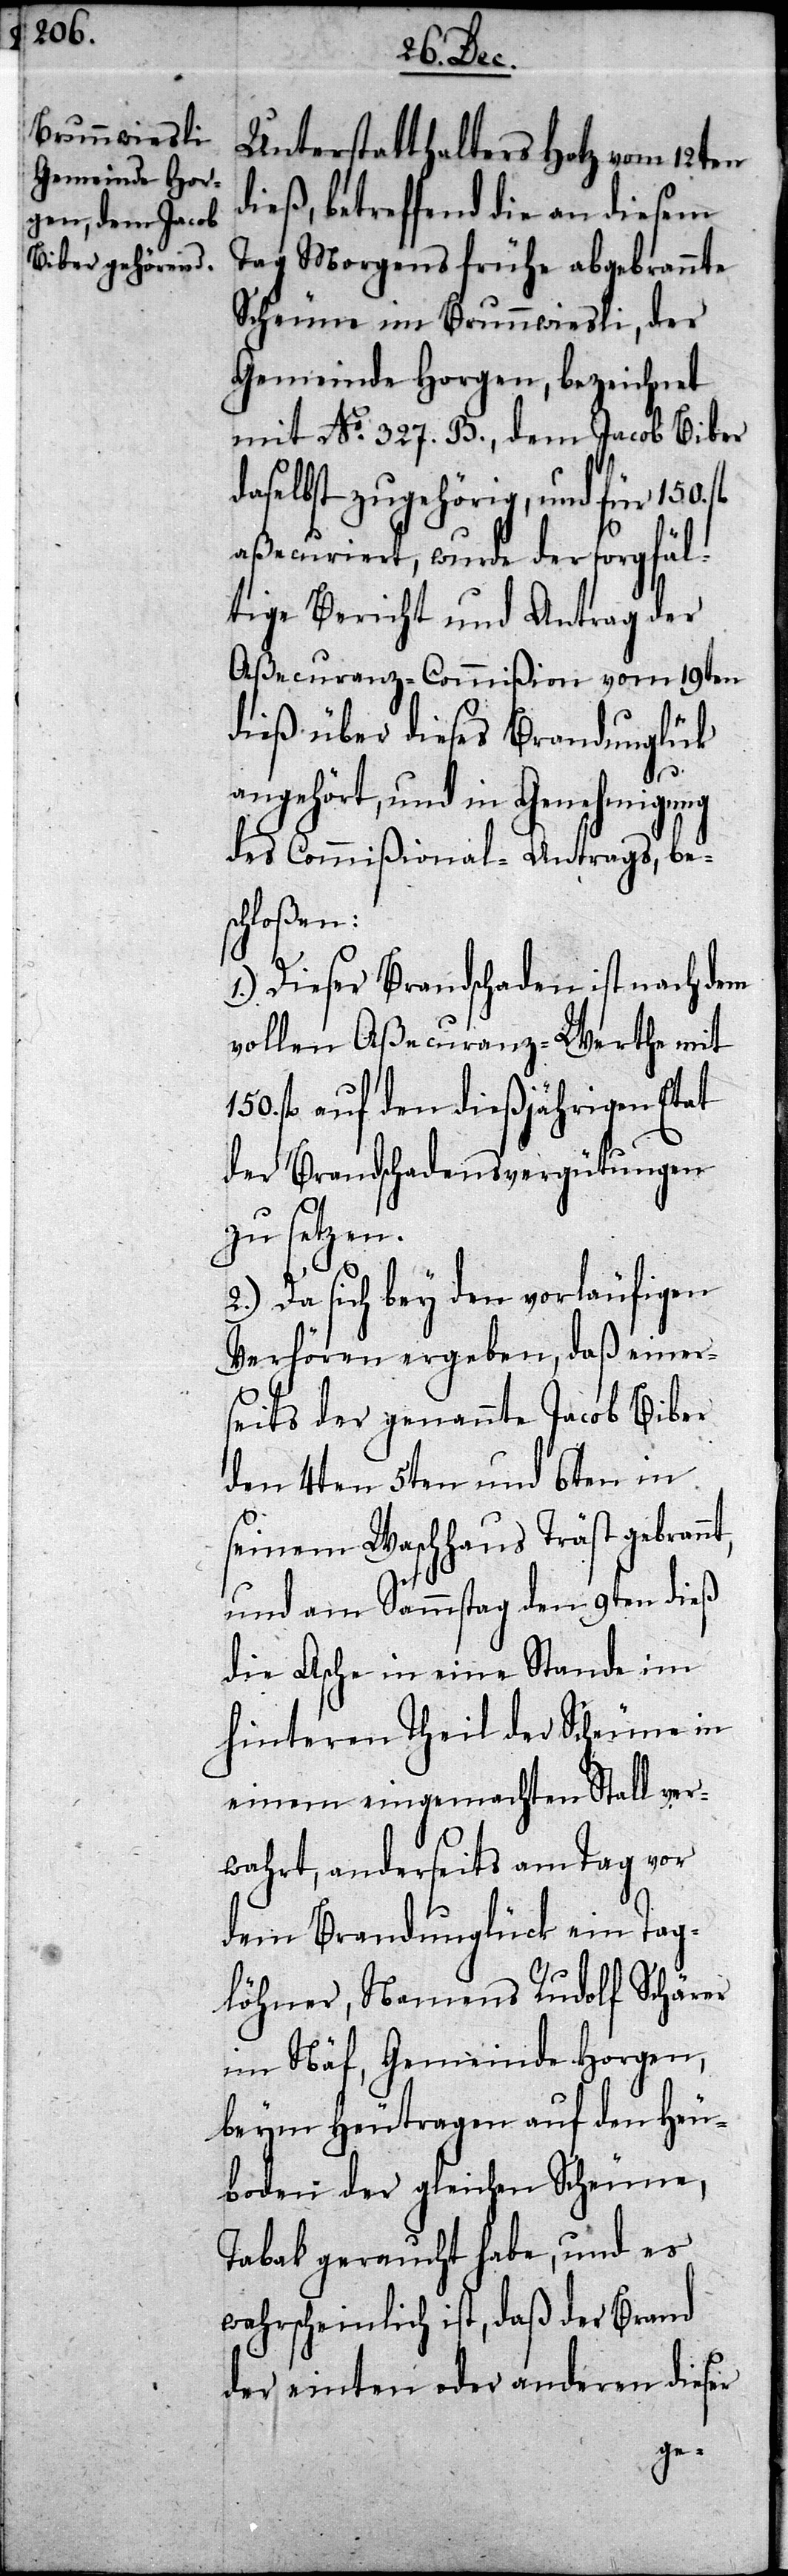
Unterstatthalters Hotz vom 12ten
dieß, betreffend die an diesem
Tag Morgens frühe abgebrannte
Scheune im Brunnwiesli, der
Gemeinde Horgen, bezeichnet
mit No. 327. B., dem Jacob Biber
daselbst zugehörig, und für 150.
aßecuriert, wurde der sorgfäl¬
tige Bericht und Antrag der
Aßecuranz-Commißion vom 19ten
dieß über dieses Brandunglük
angehört, und in Genehmigung
des Commißional-Antrags, be¬
schloßen:
1.) Dieser Brandschaden ist nach dem
vollen Aßecuranz-Werthe mit
150. fl auf den dießjährigen Etat
der Brandschadensvergütungen
zu setzen.
2.) Da sich bey den vorläufigen
Verhören ergeben, daß einer¬
seits der genannte Jacob Biber
den 4ten 5ten und 6ten in
seinem Waschhaus Träst gebrannt,
und am Sammstag den 9ten dieß
die Asche in eine Stande im
hinteren Theil der Scheune in
einem eingemachten Stall ver¬
wahrt, anderseits am Tag vor
dem Brandunglück ein Tag¬
löhner, Namens Rudolf Schärer
im Näf, Gemeinde Horgen,
beym Heutragen auf den Heu¬
boden der gleichen Scheune,
Tabak geraucht habe, und es
wahrscheinlich ist, daß der Brand
der einten oder anderen dieser